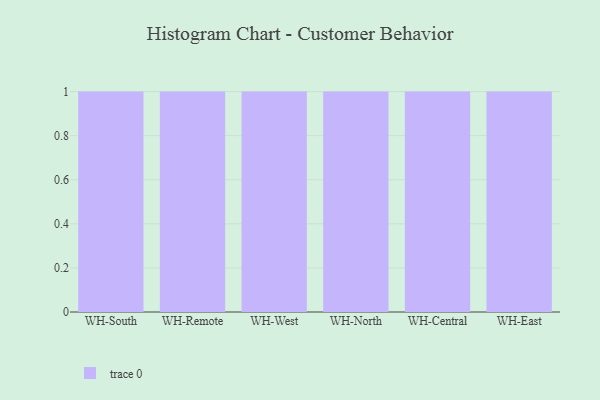
{"axis": {"x": "Warehouse", "y": "Active Users"}, "legend": [""], "data": [{"x": "WH-South", "y": 65, "type": ""}, {"x": "WH-Remote", "y": 9, "type": ""}, {"x": "WH-West", "y": 41, "type": ""}, {"x": "WH-North", "y": 79, "type": ""}, {"x": "WH-Central", "y": 12, "type": ""}, {"x": "WH-East", "y": 29, "type": ""}]}